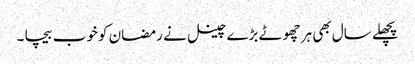
پچھلے سال بھی ہر چھوٹے بڑے چینل نے رمضان کو خوب بیچا ۔